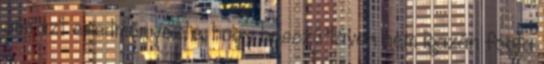
ami azt eredményezte, hogy hosszú távon nem igazán fogta